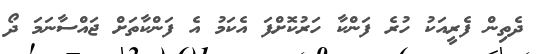
ދެތިން ފެރީއަކު ހުރެ ފަންކާ ހަރުކޮށްފަ އެކަމު އެ ފަންކާތަށް ޖައްސާނަމަ ދޯ